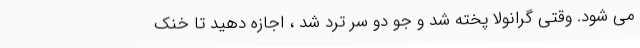
می شود. وقتی گرانولا پخته شد و جو دو سر ترد شد ، اجازه دهید تا خنک